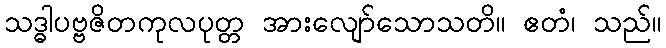
သဒ္ဓါပဗ္ဗဇိတကုလပုတ္တ အားလျော်သောသတိ။ ဧတံ၊ သည်။